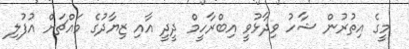
މީގެ އިތުރުން ޝާހު ވިދާޅުވީ އިބްރާހީމް ދީދީ އާއި ޒިޔާދުގެ މައްޗަށް އުފުލި